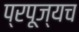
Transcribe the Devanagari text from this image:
प्रपूज्यच